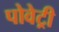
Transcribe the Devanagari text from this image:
पोवेट्री